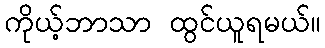
ကိုယ့်ဘာသာ ထွင်ယူရမယ်။